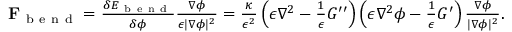
\begin{array} { r } { \mathbf { F } _ { \mathrm { ~ b ~ e ~ n ~ d ~ } } = \frac { \delta E _ { \mathrm { ~ b ~ e ~ n ~ d ~ } } } { \delta \phi } \frac { \nabla \phi } { \epsilon | \nabla \phi | ^ { 2 } } = \frac { \kappa } { \epsilon ^ { 2 } } \left( \epsilon \nabla ^ { 2 } - \frac { 1 } { \epsilon } G ^ { \prime \prime } \right) \left( \epsilon \nabla ^ { 2 } \phi - \frac { 1 } { \epsilon } G ^ { \prime } \right) \frac { \nabla \phi } { | \nabla \phi | ^ { 2 } } . } \end{array}